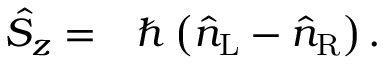
\begin{array} { r l } { \hat { S } _ { z } = } & { { } \hbar \left( \hat { n } _ { \mathrm { L } } - \hat { n } _ { \mathrm { R } } \right) . } \end{array}